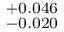
^ { + 0 . 0 4 6 } _ { - 0 . 0 2 0 }